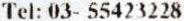
TEL: 03- 55423228